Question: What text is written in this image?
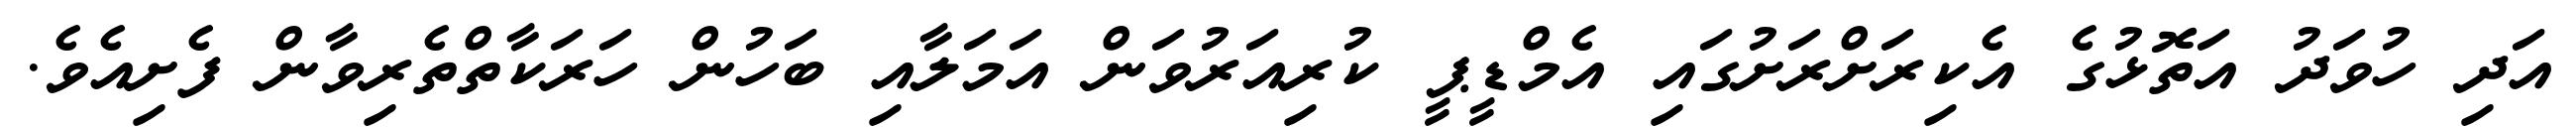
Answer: އަދި ހުވަދު އަތޮޅުގެ އެކިރަށްރަށުގައި އެމްޑީޕީ ކުރިއަރުވަން އަމަލާއި ބަހުން ހަރަކާތްތެރިވާން ފެށިއެވެ.